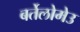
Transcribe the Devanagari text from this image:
बर्तेलोमेउ